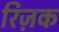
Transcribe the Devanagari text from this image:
रिज़क